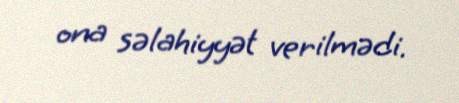
ona səlahiyyət verilmədi.